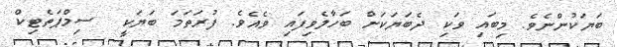
ބަޔަކުންނެވެ. މިބައި ވަކި ދެބަޔަކަށް ބަހާލެވިފައި ވެއެވެ. ފުރަތަމަ ބަޔަކީ  ސިމްޕަތެޓިކް